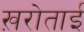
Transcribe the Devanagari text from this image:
ख़रोताई